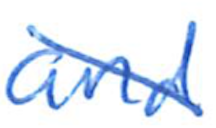
Text: and
Cross-out: diagonal
Writing tool: ballpoint